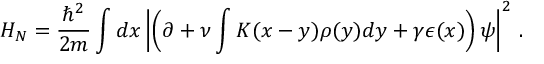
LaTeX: H _ { N } = \frac { \hbar ^ { 2 } } { 2 m } \int d x \left\vert \left( \partial + \nu \int K ( x - y ) \rho ( y ) d y + \gamma \epsilon ( x ) \right) \psi \right\vert ^ { 2 } \, .